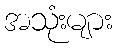
အသုံးများ